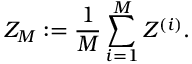
Z _ { M } : = \frac { 1 } { M } \sum _ { i = 1 } ^ { M } Z ^ { ( i ) } .